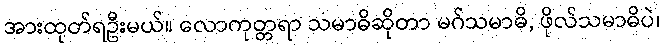
အားထုတ်ရဦးမယ်။ လောကုတ္တရာ သမာဓိဆိုတာ မဂ်သမာဓိ, ဖိုလ်သမာဓိပဲ၊